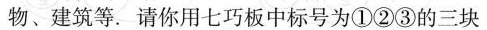
物、建筑等。请你用七巧板中标号为①②③的三块